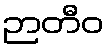
ဉာတီဝ